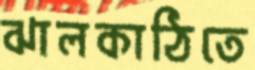
ঝালকাঠিতে